Problem: 45 + 31 = ?
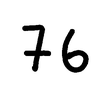
Handwritten answer: 76